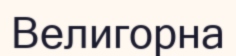
Велигорна